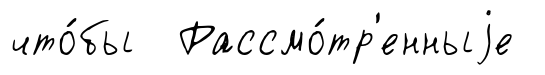
что́бы Рассмо́тр'енныjе